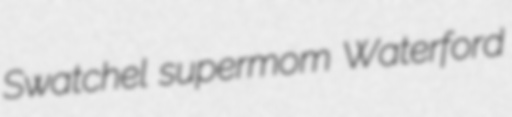
Swatchel supermom Waterford